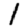
Digit: 1